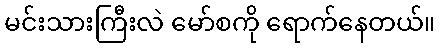
မင်းသားကြီးလဲ မော်စကို ရောက်နေတယ်။